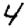
Digit: 4